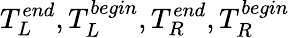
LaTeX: T_{L}^{end},T_{L}^{begin},T_{R}^{end},T_{R}^{begin}